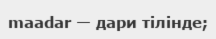
maadar — дари тілінде;